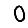
Digit: 0